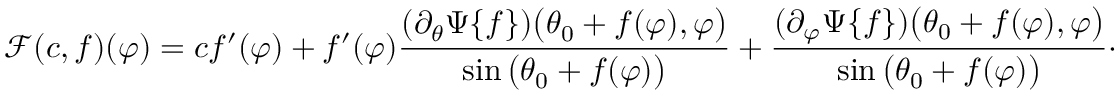
\mathscr { F } ( c , f ) ( \varphi ) = c f ^ { \prime } ( \varphi ) + f ^ { \prime } ( \varphi ) \frac { ( \partial _ { \theta } \Psi \{ f \} ) \big ( \theta _ { 0 } + f ( \varphi ) , \varphi \big ) } { \sin \big ( \theta _ { 0 } + f ( \varphi ) \big ) } + \frac { ( \partial _ { \varphi } \Psi \{ f \} ) \big ( \theta _ { 0 } + f ( \varphi ) , \varphi \big ) } { \sin \big ( \theta _ { 0 } + f ( \varphi ) \big ) } \cdot